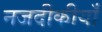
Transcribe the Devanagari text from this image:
नजदीकीयाँ